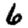
Digit: 6